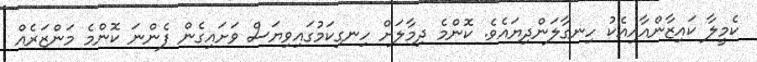
ކެމީލާ ކައިޒާންއާއިއެކު ހިނގާލަންދިޔައެވެ. ކޮންމެ ދިމާލަށް ހިނގިކަމުގައިވިޔަސް ވަށައިގެން ފެންނަ ކޮންމެ މަންޒަރެއް